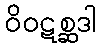
ဝိဝဋစ္ဆဒါ